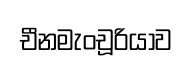
චීනමැංචූරියාව